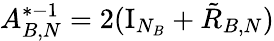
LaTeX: A_{B,N}^{*-1}=2(\mathrm{I}_{N_{B}}+\tilde{R}_{B,N})